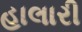
હાલારી